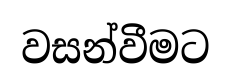
වසන්වීමට